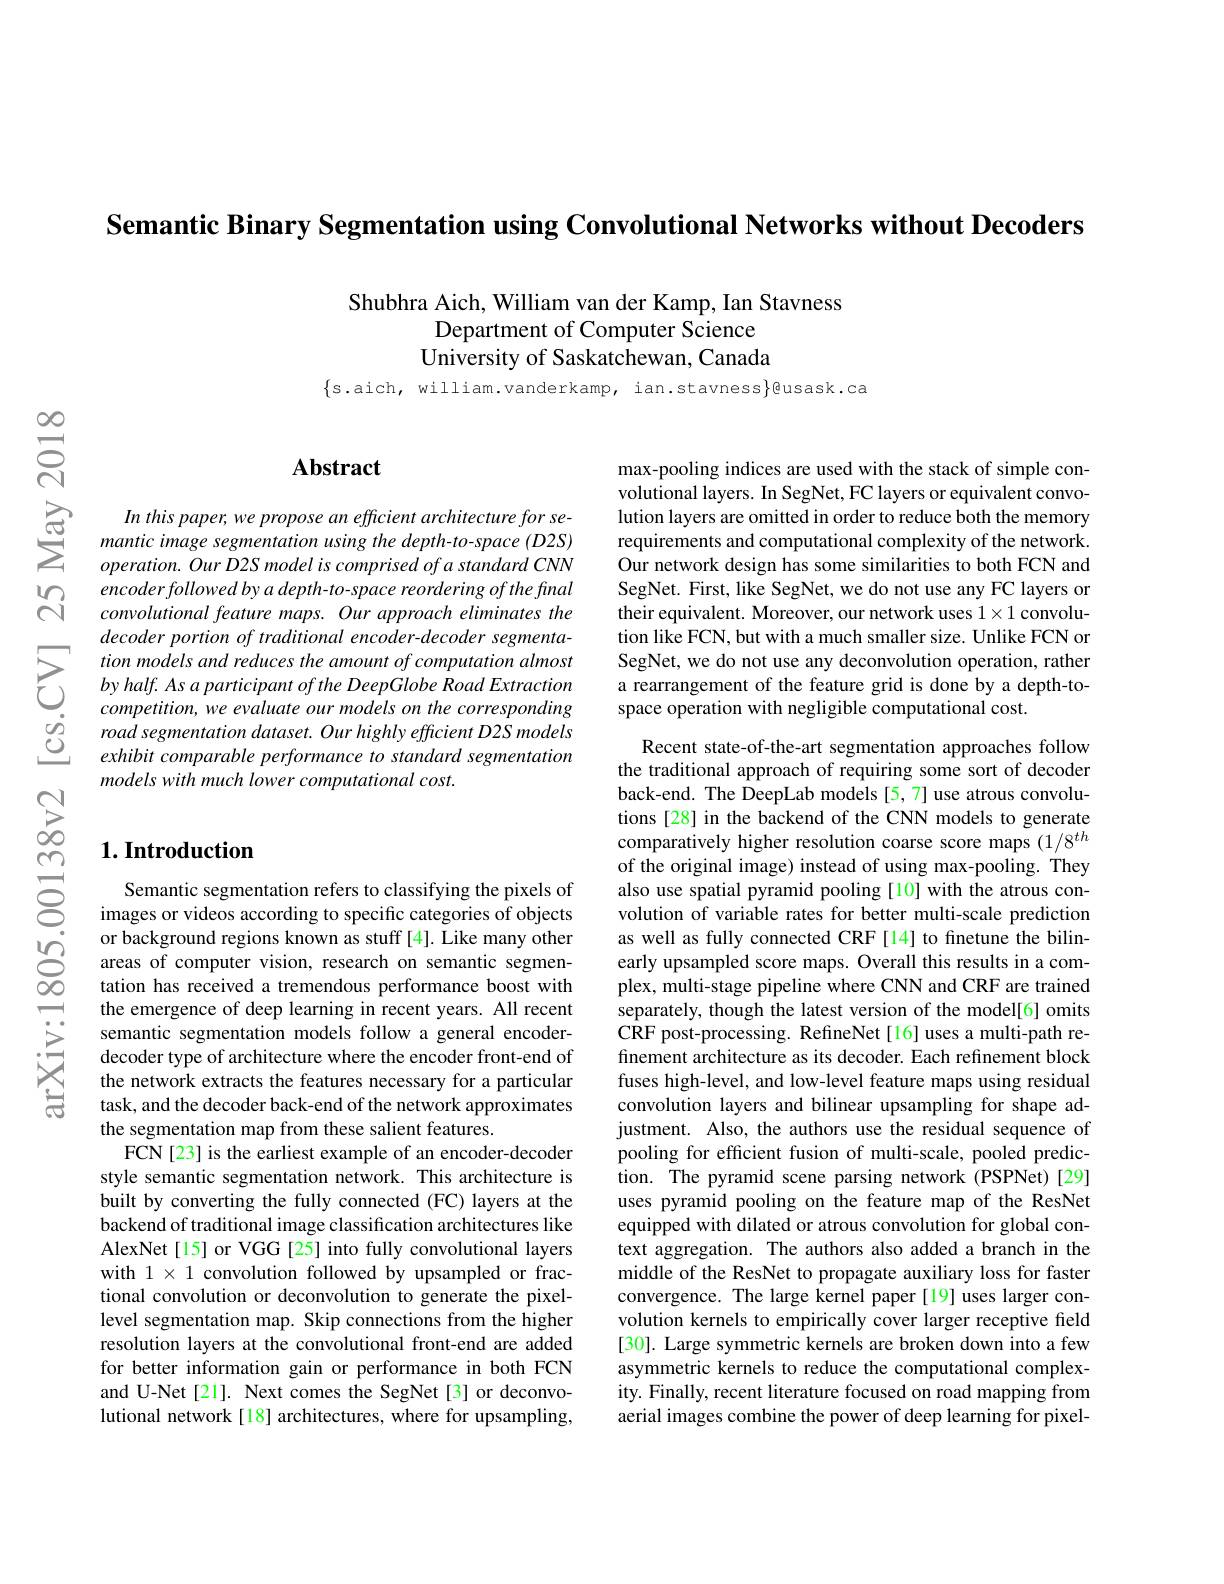
Semantic Binary Segmentation using Convolutional Networks without Decoders

Shubhra Aich, William van der Kamp, Ian Stavness
Department of Computer Science University of Saskatchewan, Canada

$\{$s.aich, william.vanderkamp, ian.stavness$\}$@usask.ca

$స్సి$

$പ്പു$

## $1. \textbf{Introduction}$

Semantic segmentation refers to classifying the pixels of images or videos according to specific categories of objects
or background regions known as stuff[ 4] . Like many other $\textcircled {\mathrm{O} }$areas of computer vision, research on semantic segmen- $\infty$tation has received a tremendous performance boost with
the emergence of deep learning in recent years. All recent semantic segmentation models follow a general encoderdecoder type of architecture where the encoder front-end of the network extracts the features necessary for a particular task, and the decoder back-end of the network approximates the segmentation map from these salient features.
FCN[23] is the earliest example of an encoder-decoder style semantic segmentation network. This architecture is built by converting the fully connected (FC) layers at the backend of traditional image classification architectures like AlexNet[15] or VGG[25] into fully convolutional layers with $1\times1$ convolution followed by upsampled or fractional convolution or deconvolution to generate the pixellevel segmentation map. Skip connections from the higher resolution layers at the convolutional front-end are added for better information gain or performance in both FCN and U-Net[21]. Next comes the SegNet[3] or deconvolutional network[18] architectures, where for upsampling,

## $\mathbf{Abstract}$

$\sum_{\begin{array}{cc}\text{金}&\text{In this paper, we propose an efficient architecture for se-}\\\text{mantic image segmentation using the depth-to-space (D2S)}\\&\text{operation. Our D2S model is comprised of a standard CNN}\end{array}}$
$encoderfollowedbyadepth-to-spacereorderingofthefinal$ $convolutional\textit{feature maps. Our approach eliminates the}$ $decoderportion\textit{ of traditional encoder- decoder segmenta- }$
$\begin{array}{lll}&competition,we\:evaluate\:our\:models\:on\:the\:corresponding\\\hline o_{1}&road\:segmentation\:dataset.\:Our\:highly\:efficient\:D2S\:models\\\hline C&exhibit\:comparable\:performance\:to\:standard\:segmentation\end{array}$
models with much lower computational cost.

max-pooling indices are used with the stack of simple convolutional layers. In SegNet, FC layers or equivalent convolution layers are omitted in order to reduce both the memory requirements and computational complexity of the network. Our network design has some similarities to both FCN and SegNet. First, like SegNet, we do not use any FC layers or their equivalent. Moreover, our network uses $1\times1$ convolution like FCN, but with a much smaller size. Unlike FCN or
$\sum_{\begin{array}{ccc}&\text{tion models and reduces the amount of computation almost}&\text{SegNet, we do not use any deconvolution operation, rather}\\&\text{by haf. As a paricipant of the DeepGlobe Road Extraction}&\text{a rearrangement of the feature grid is done by a deph-to-}\\&\text{co}\end{array}}$

Recent state-of-the-art segmentation approaches follow the traditional approach of requiring some sort of decoder back-end. The DeepLab models [5,7] use atrous convolutions [28] in the backend of the CNN models to generate comparatively higher resolution coarse score maps $(1/8^th$ of the original image) instead of using max-pooling. They also use spatial pyramid pooling[10] with the atrous convolution of variable rates for better multi-scale prediction as well as fully connected CRF[14] to finetune the bilinearly upsampled score maps. Overall this results in a complex, multi-stage pipeline where CNN and CRF are trained separately, though the latest version of the model[6] omits CRF post-processing. RefineNet[16] uses a multi-path refinement architecture as its decoder. Each refinement block fuses high-level, and low-level feature maps using residual convolution layers and bilinear upsampling for shape adjustment. Also, the authors use the residual sequence of pooling for efficient fusion of multi-scale, pooled prediction. The pyramid scene parsing network (PSPNet)[29] uses pyramid pooling on the feature map of the ResNet equipped with dilated or atrous convolution for global context aggregation. The authors also added a branch in the middle of the ResNet to propagate auxiliary loss for faster convergence. The large kernel paper [19] uses larger convolution kernels to empirically cover larger receptive field [30]. Large symmetric kernels are broken down into a few asymmetric kernels to reduce the computational complexity. Finally, recent literature focused on road mapping from aerial images combine the power of deep learning for pixel-